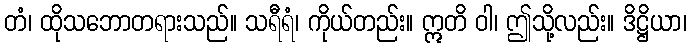
တံ၊ ထိုသဘောတရားသည်။ သရီရံ၊ ကိုယ်တည်း။ ဣတိ ဝါ၊ ဤသို့လည်း။ ဒိဋ္ဌိယာ၊